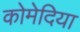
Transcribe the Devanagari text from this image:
कोमेदिया